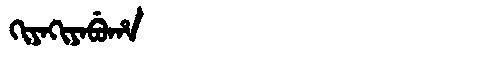
Manchu: ᡴᡳᠶᠠᡴᡳᠶᠠᠪᡠᡥᠠ
Romanization: KIYAKIYABUHA